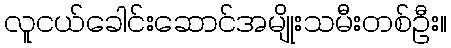
လူငယ်ခေါင်းဆောင်အမျိုးသမီးတစ်ဦး။